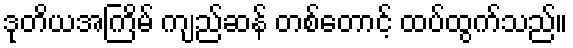
ဒုတိယအကြိမ် ကျည်ဆန် တစ်တောင့် ထပ်ထွက်သည်။